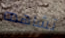
تشاهده